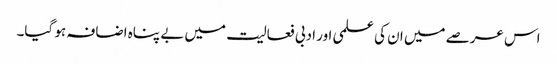
اس عرصے میں ان کی علمی اور ادبی فعالیت میں بے پناہ اضافہ ہو گیا۔